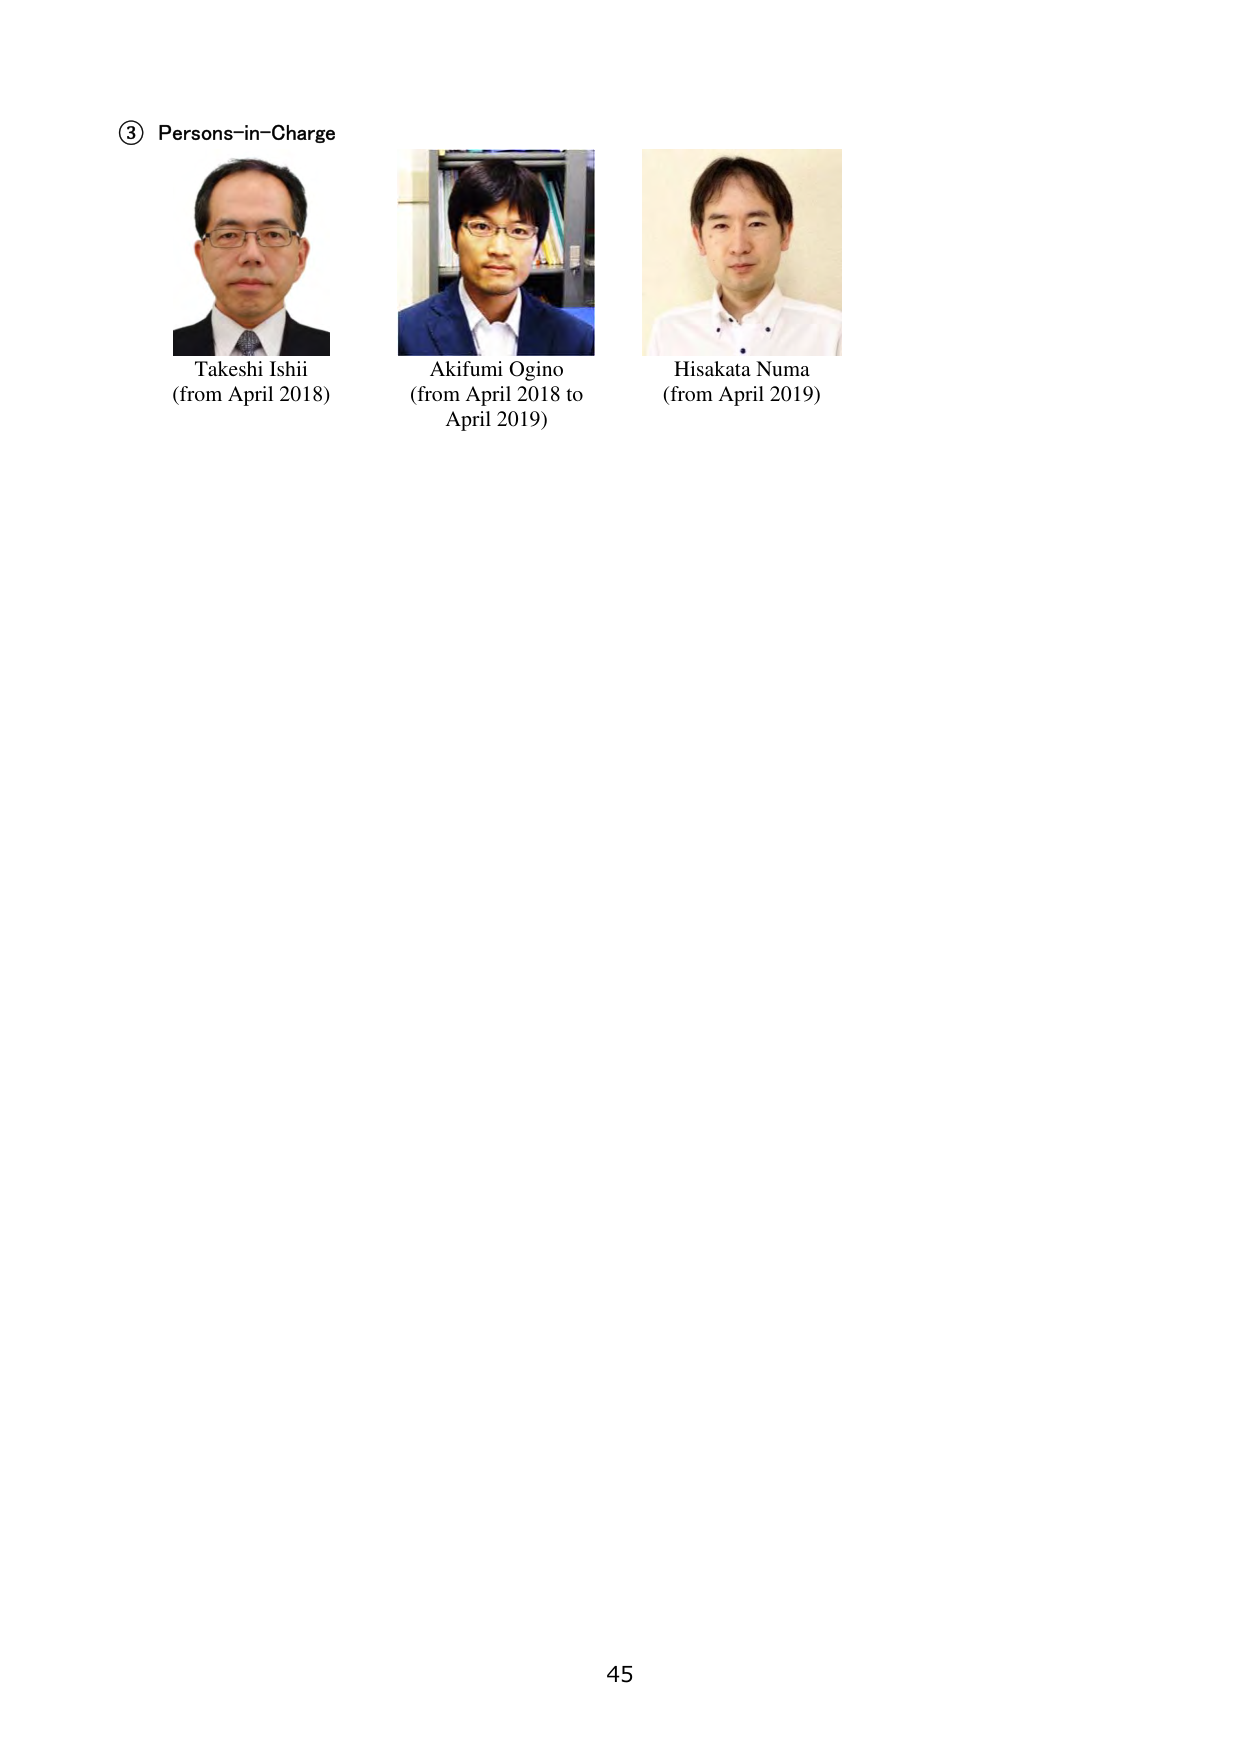
③ Persons-in-Charge

Takeshi Ishii
(from April 2018)

Akifumi Ogino
(from April 2018 to April 2019)

Hisakata Numa
(from April 2019)

45